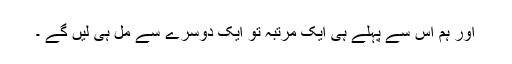
اور ہم اس سے پہلے ہی ایک مرتبہ تو ایک دوسرے سے مل ہی لیں گے ۔